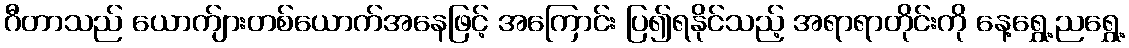
ဂီတာသည် ယောက်ျားတစ်ယောက်အနေဖြင့် အကြောင်း ပြ၍ရနိုင်သည့် အရာရာတိုင်းကို နေ့ရွှေ့ညရွှေ့